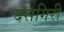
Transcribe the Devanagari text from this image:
दसगिरी